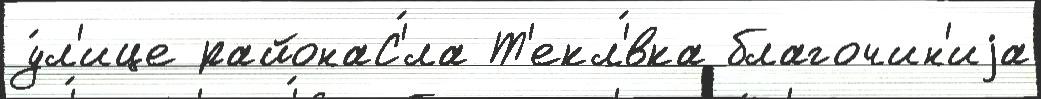
у́л'ице районаС'́ла Т'екл'́вка благочин'иjа